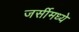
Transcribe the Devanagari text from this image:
जर्सीमध्ये